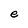
Character: e